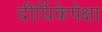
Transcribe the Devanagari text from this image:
दीर्घिकेपेक्षा